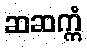
ဆဆက္ကံ